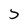
Character: 5